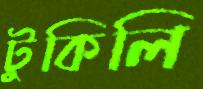
টুকিলি